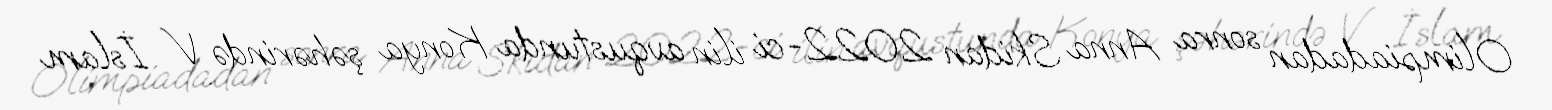
Olimpiadadan sonra Anna Skidan 2022-ci ilin avqustunda Konya şəhərində V İslam